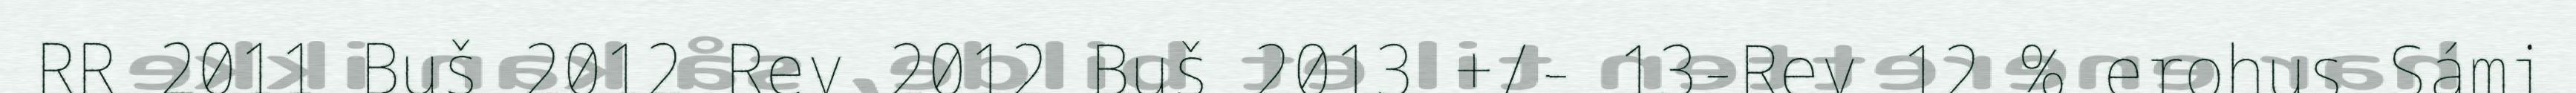
RR 2011 Buš 2012 Rev 2012 Buš 2013 +/- 13-Rev 12 % erohus Sámi